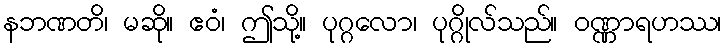
နဘဏတိ၊ မဆို။ ဧဝံ၊ ဤသို့။ ပုဂ္ဂလော၊ ပုဂ္ဂိုလ်သည်။ ဝဏ္ဏာရဟဿ၊